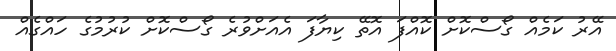
އޭރު ކަމެއް ގޯސްކޮށް ކޮއްފަ އޮތޭ ކިޔާފަ އެއަށްވުރެ ގޯސްކޮށް ކުރުމުގެ ހައްގެއް